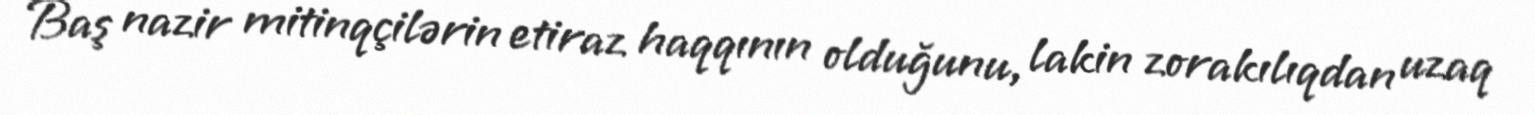
Baş nazir mitinqçilərin etiraz haqqının olduğunu, lakin zorakılıqdan uzaq